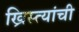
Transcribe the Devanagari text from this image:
ख्रिस्त्यांची